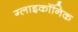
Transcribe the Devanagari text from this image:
ग्लाइकॉनिक